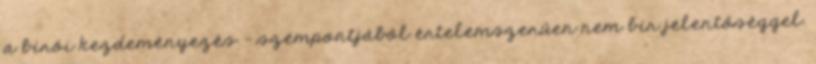
a bírói kezdeményezés – szempontjából értelemszerűen nem bír jelentőséggel.